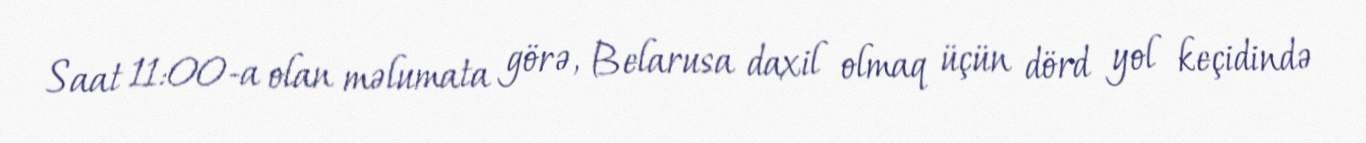
Saat 11:00-a olan məlumata görə, Belarusa daxil olmaq üçün dörd yol keçidində